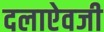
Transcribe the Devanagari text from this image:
दलाऐवजी